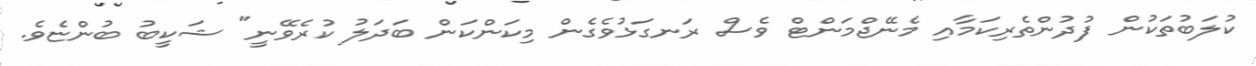
ކުލަބުތަކުން ފުދުންތެރިކަމާއި މެނޭޖްމަންޓް ވެސް ރަނގަޅުވެގެން މިކަންކަން ބަދަލު ކުރެވޭނީ" ޝަކީބު ބުންޏެވެ.